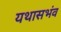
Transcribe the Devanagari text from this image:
यथासभंव